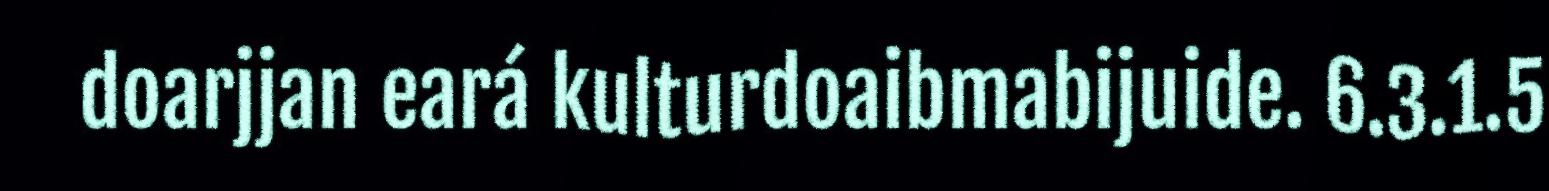
doarjjan eará kulturdoaibmabijuide. 6.3.1.5